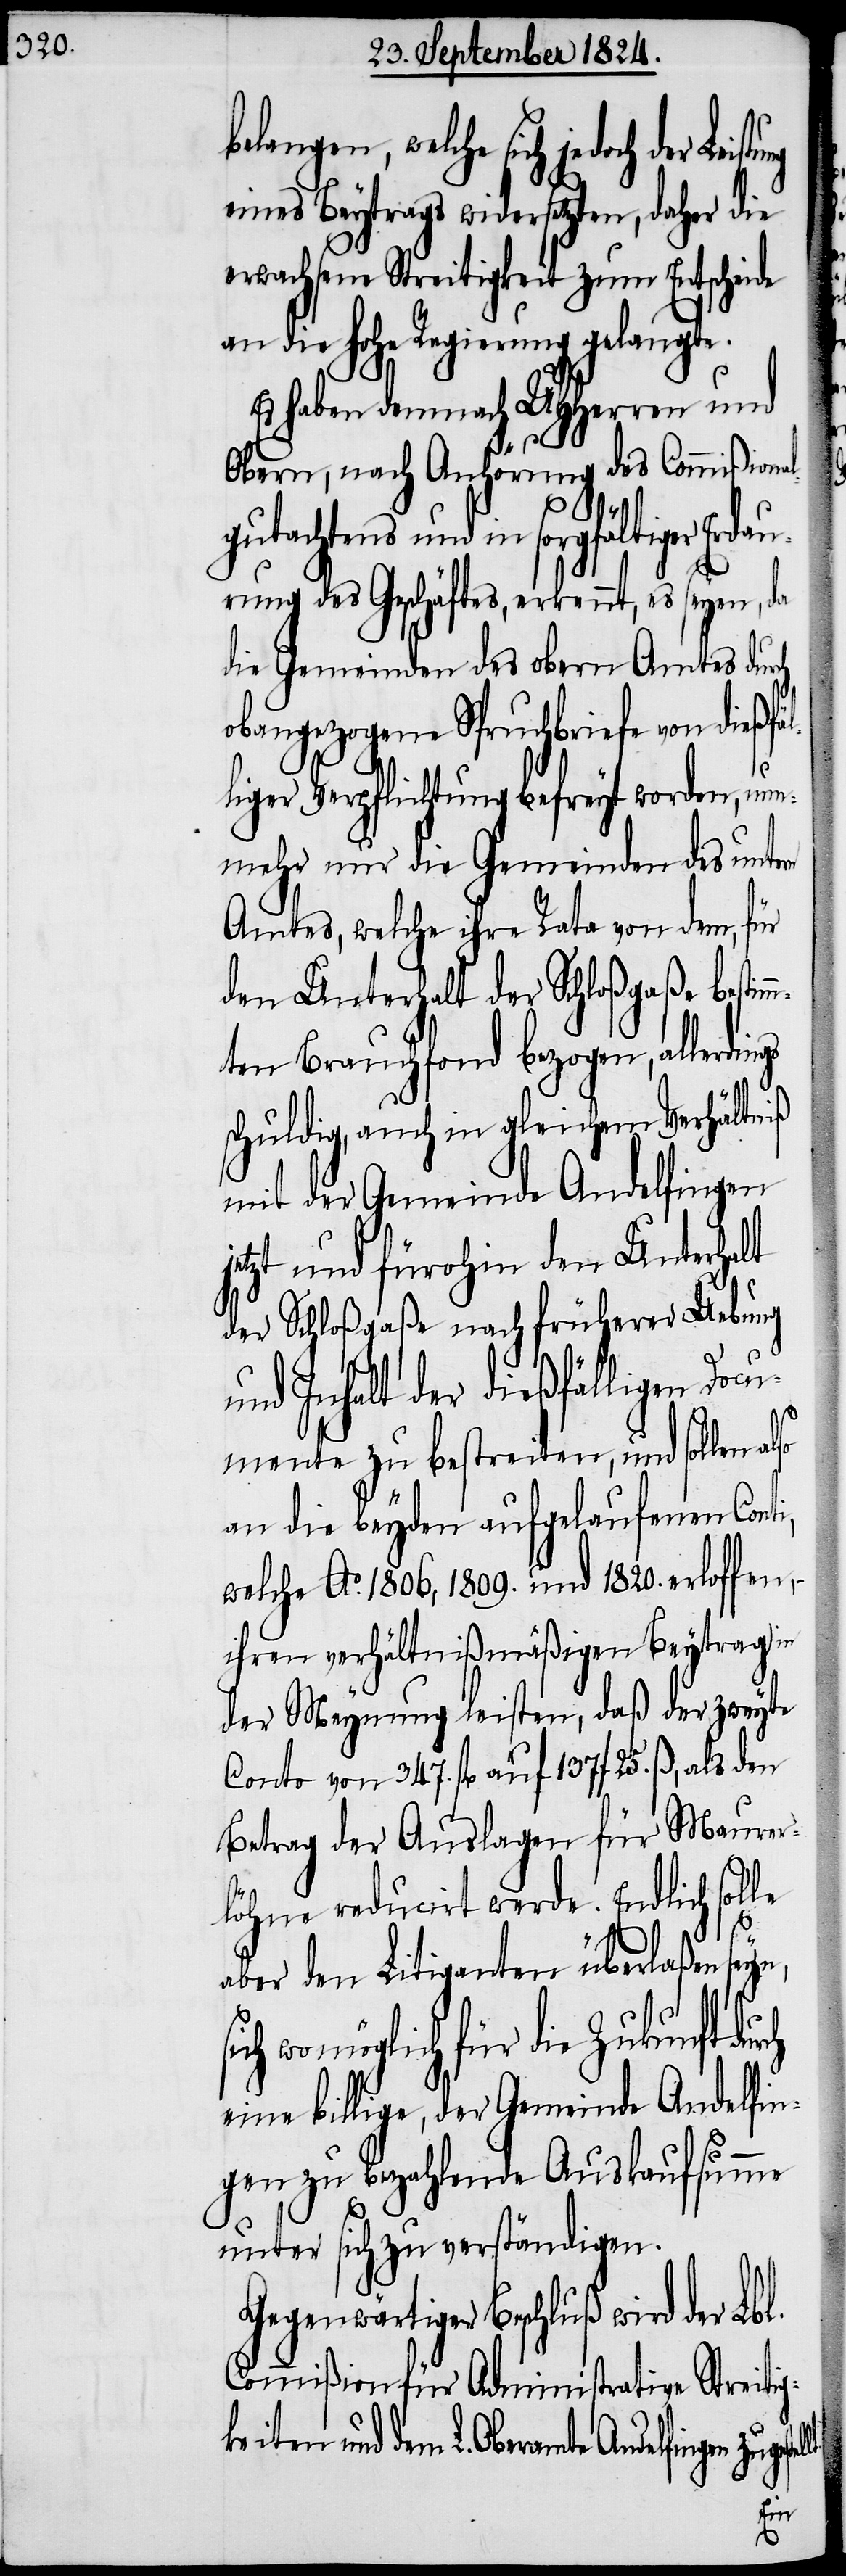
belangen, welche sich jedoch der
eines Beytrags widersetzten, daher die
erwachsene Streitigkeit zum Entscheide
an die hohe Regierung gelangte.
Es haben demnach UHHerren und
Obern, nach Anhörung des Commißiona¬
gutachtens und in sorgfältiger
rung des Geschäftes, erkennt, es seyen, da
die Gemeinden des obern Amtes durch
obangezogene Spruchbriefe von dießf¬
rch
liger Verpflichtung befreyt worden, nun¬
mehr nur die Gemeinden des untern
Amtes, welche ihre Rata von dem, für
den Unterhalt der Schloßgaße bestim¬
mten Brauchfond bezogen, allerdin¬
schuldig, auch in gleichem Verhältniß
mit der Gemeinde Andelfingen
etzt und fürohin den Unterhalt
der Schloßgaße nach früherer Uebung
und Inhalt der dießfälligen Docu¬
mente zu bestreiten, und sollen
an die beyden aufgelaufenen Con¬
welche Ao. 1806, 1809. und 1820. erloffen,
ihren verhältnißmäßigen Beytrag in
der Meynung leisten, daß der zweyte
Conto von 347. fl auf 137 f 25. ß, als den
Betrag der Auslagen für Maurer¬
löhne reducirt werde. Endlich solle
aber den Litiganten überlaßen seyn,
wo möglich für die Zukunft du¬
eine billige, der Gemeinde Andelfin¬
gen zu bezahlende Auskaufsumme
unter sich zu verständigen.
Gegenwärtiger Beschluß wird der
Commißion für Administrative Streitig¬
keiten und dem L. Oberamte Andelfingen
ti,